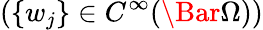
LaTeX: (\{ w_{j}\} \in C^{\infty}(\Bar{\Omega}))